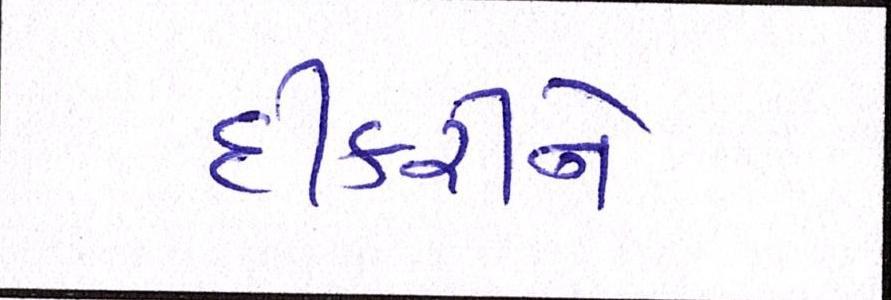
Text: દીકરીને